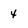
Character: 4